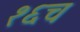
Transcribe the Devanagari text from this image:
१६च